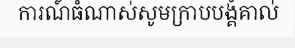
ការណ៍ធំណាស់សូមក្រាបបង្គំគាល់